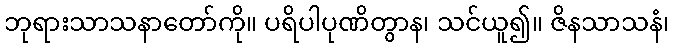
ဘုရားသာသနာတော်ကို။ ပရိပါပုဏိတွာန၊ သင်ယူ၍။ ဇိနသာသနံ၊